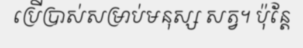
ប្រើប្រាស់សម្រាប់មនុស្ស សត្វ។ ប៉ុន្តែ